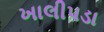
ખાલીપડા